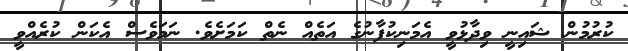
ކުރުމުން ޝައިނީ ވިދާޅުވީ އެމަނިކުފާނުގެ އަތެއް ނެތް ކަމަށެވެ. ނަމަވެސް އެކަން ކުރެއްވީ